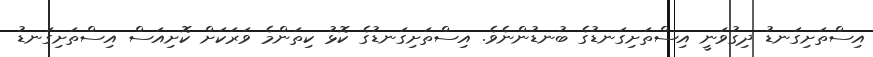
އިސްތަށިގަނޑު ދިގުވަނީ އިސްތަށިގަނޑުގެ ބުނޑުންނެވެ. އިސްތަށިގަނޑުގެ ކޮޅު ކިތަންމެ ވަރަކަށް ކޮށިއަސް އިސްތަށިގަނޑު